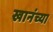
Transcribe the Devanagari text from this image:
खानंच्या